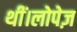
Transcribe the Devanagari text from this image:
थीं।लोपेज़